Indian journal of veterinary science and animal husbandry - Volume 2,
Year: 1932
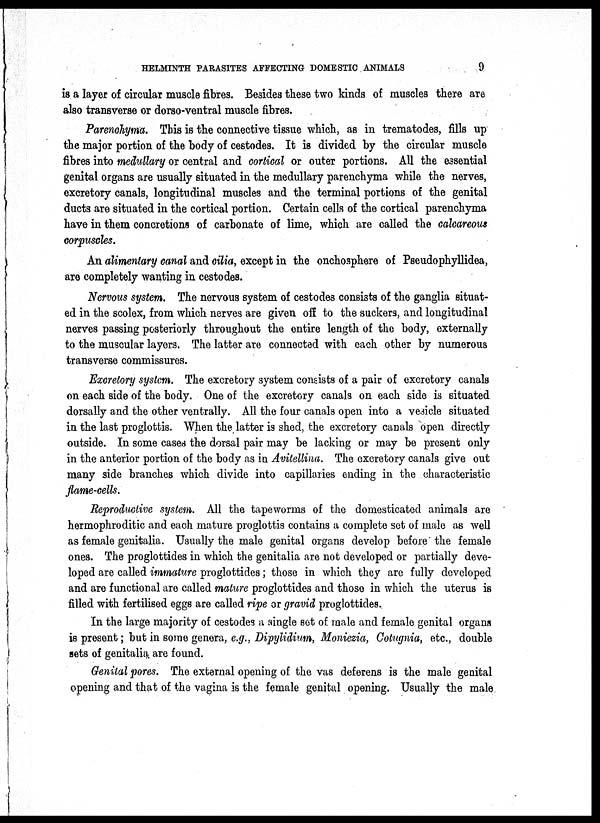
HELMINTH PARASITES AFFECTING DOMESTIC ANIMALS
9
is a layer of circular muscle fibres. Besides these two kinds of muscles there are
also transverse or dorso-ventral muscle fibres.
Parenchyma. This is the connective tissue which, as in trematodes, fills up
the major portion of the body of cestodes. It is divided by the circular muscle
fibres into medullary or central and cortical or outer portions. All the essential
genital organs are usually situated in the medullary parenchyma while the nerves,
excretory canals, longitudinal muscles and the terminal portions of the genital
ducts are situated in the cortical portion. Certain cells of the cortical parenchyma
have in them concretions of carbonate of lime, which are called the calcareous
corpuscles.
An alimentary canal and cilia, except in the onchosphere of Pseudophyllidea,
are completely wanting in cestodes.
Nervous system. The nervous system of cestodes consists of the ganglia situat-
ed in the scolex, from which nerves are given off to the suckers, and longitudinal
nerves passing posteriorly throughout the entire length of the body, externally
to the muscular layers. The latter are connected with each other by numerous
transverse commissures.
Excretory system. The excretory system consists of a pair of excretory canals
on each side of the body. One of the excretory canals on each side is situated
dorsally and the other ventrally. All the four canals open into a vesicle situated
in the last proglottis. When the latter is shed, the excretory canals open directly
outside. In some cases the dorsal pair may be lacking or may be present only
in the anterior portion of the body as in Avitellina. The excretory canals give out
many side branches which divide into capillaries ending in the characteristic
flame-cells.
Reproductive system. All the tapeworms of the domesticated animals are
hermophroditic and each mature proglottis contains a complete set of male as well
as female genitalia. Usually the male genital organs develop before the female
ones. The proglottides in which the genitalia are not developed or partially deve-
loped are called immature proglottides; those in which they are fully developed
and are functional are called mature proglottides and those in which the uterus is
filled with fertilised eggs are called ripe or gravid proglottides.
In the large majority of cestodes a single set of male and female genital organs
is present; but in some genera, e.g., Dipylidium, Moniezia, Cotugnia, etc., double
sets of genitalia are found.
Genital pores. The external opening of the vas deferens is the male genital
opening and that of the vagina is the female genital opening. Usually the male